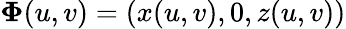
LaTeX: \mathbf{\Phi}(u,v)=(x(u,v),0,z(u,v))